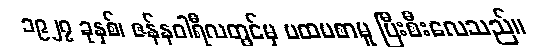
၁၉၂၇ ခုနှစ်၊ ဇန်နဝါရီလတွင်မှ ပထမစာမူ ပြီးစီးလေသည်။